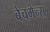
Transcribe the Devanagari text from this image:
बेचमेन्स